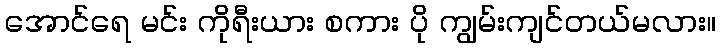
အောင်ရေ မင်း ကိုရီးယား စကား ပို ကျွမ်းကျင်တယ်မလား။